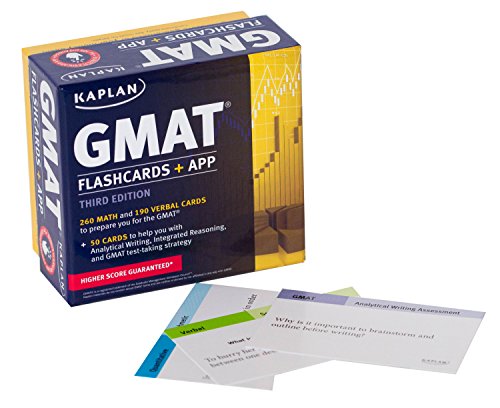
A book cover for Kaplan GMAT Flashcards + App (Kaplan Test Prep); Kaplan; Test Preparation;